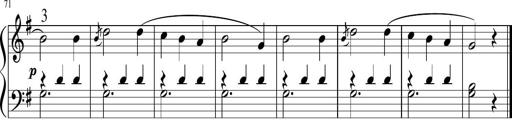
Title: 6 Instructive Sonatinas
Composer: Jacob Schmitt